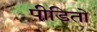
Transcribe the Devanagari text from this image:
पीडि़तो